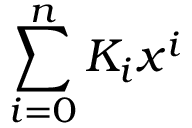
\sum _ { i = 0 } ^ { n } K _ { i } x ^ { i }